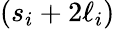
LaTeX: (s_{i}+2\ell_{i})